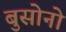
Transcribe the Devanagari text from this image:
बुसोनो